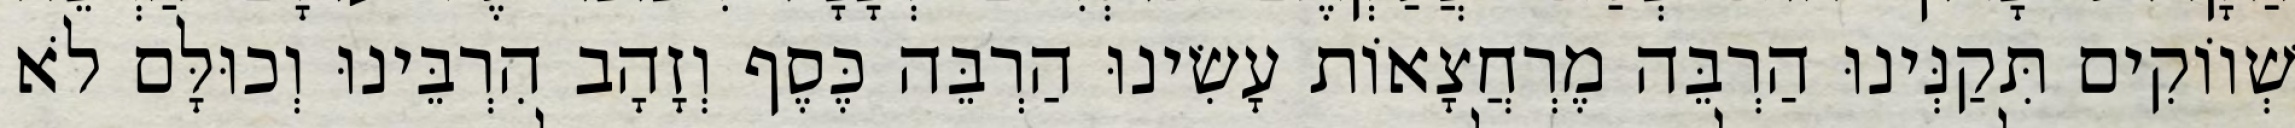
שְׁווֹקִים תִּקַנְּינוּ הַרְבֵּה מֶרְחֲצָאוֹת עָשִׂינוּ הַרְבֵּה כֶּסֶף וְזָהָב הִרְבֵּינוּ וְכוּלָּם לֹא